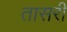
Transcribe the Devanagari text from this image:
तासरी